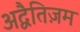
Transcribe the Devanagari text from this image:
अद्वैतिज़म